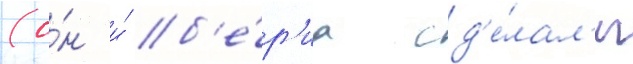
(о́н и́ б'е́р'иа сд'е́лал'и